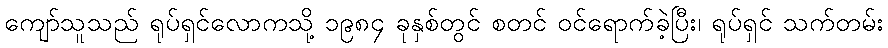
ကျော်သူသည် ရုပ်ရှင်လောကသို့ ၁၉၈၄ ခုနှစ်တွင် စတင် ဝင်ရောက်ခဲ့ပြီး၊ ရုပ်ရှင် သက်တမ်း